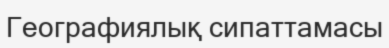
Географиялық сипаттамасы